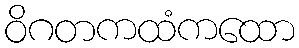
ဝိဂတကထံကထော